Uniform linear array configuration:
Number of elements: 12
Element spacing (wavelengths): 0.25
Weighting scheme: cosine
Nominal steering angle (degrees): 30
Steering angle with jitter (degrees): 31.19
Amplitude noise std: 0.05
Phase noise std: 0.05

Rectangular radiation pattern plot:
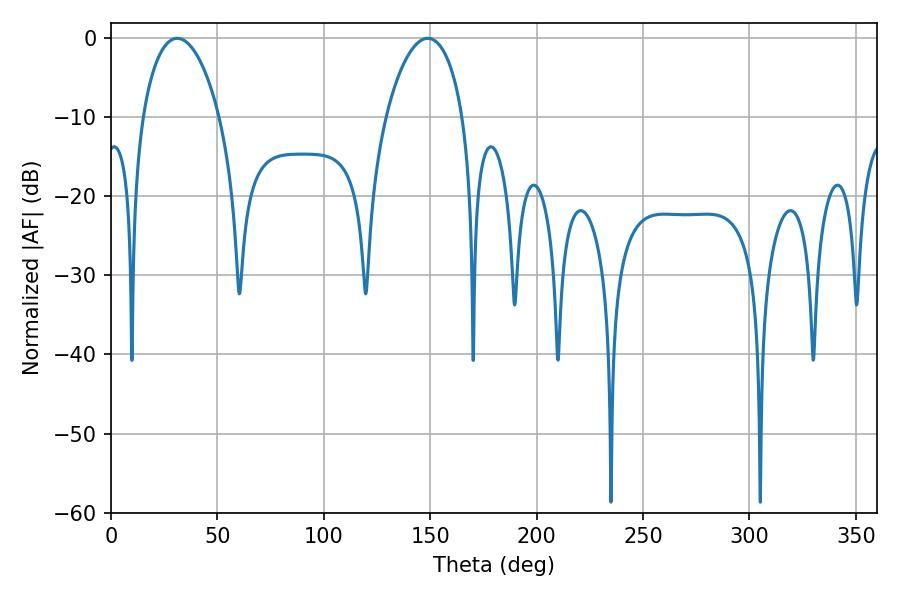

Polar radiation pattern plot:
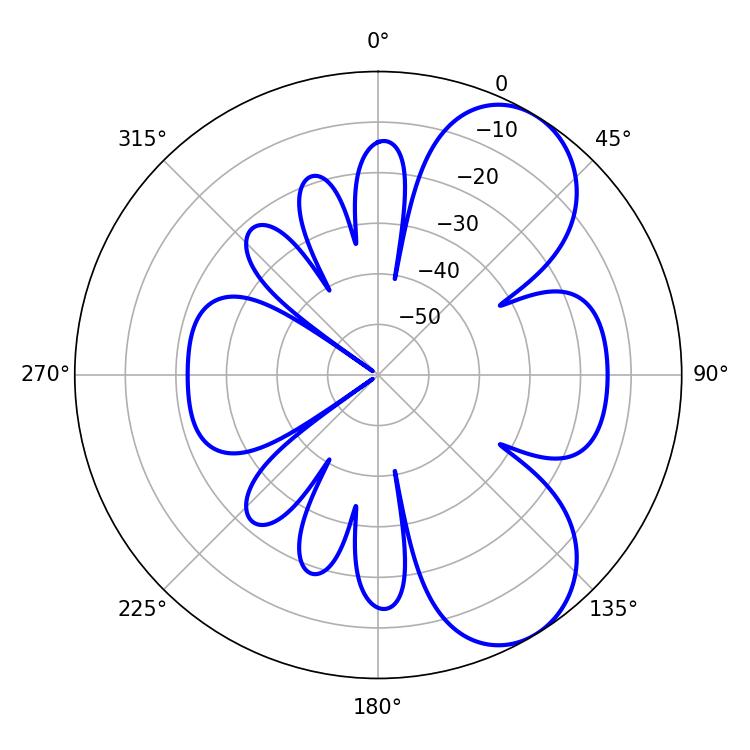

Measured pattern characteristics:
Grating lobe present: FALSE
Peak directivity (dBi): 6.877
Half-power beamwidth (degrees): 20.52
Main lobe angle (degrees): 31.14